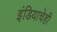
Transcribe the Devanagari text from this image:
इंडियाचेही